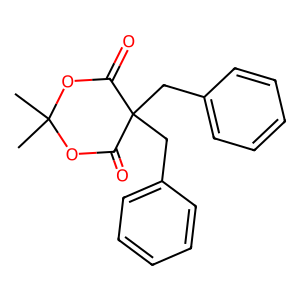
SMILES: CC1(C)OC(=O)C(Cc2ccccc2)(Cc2ccccc2)C(=O)O1
Inhibits HIV replication: No